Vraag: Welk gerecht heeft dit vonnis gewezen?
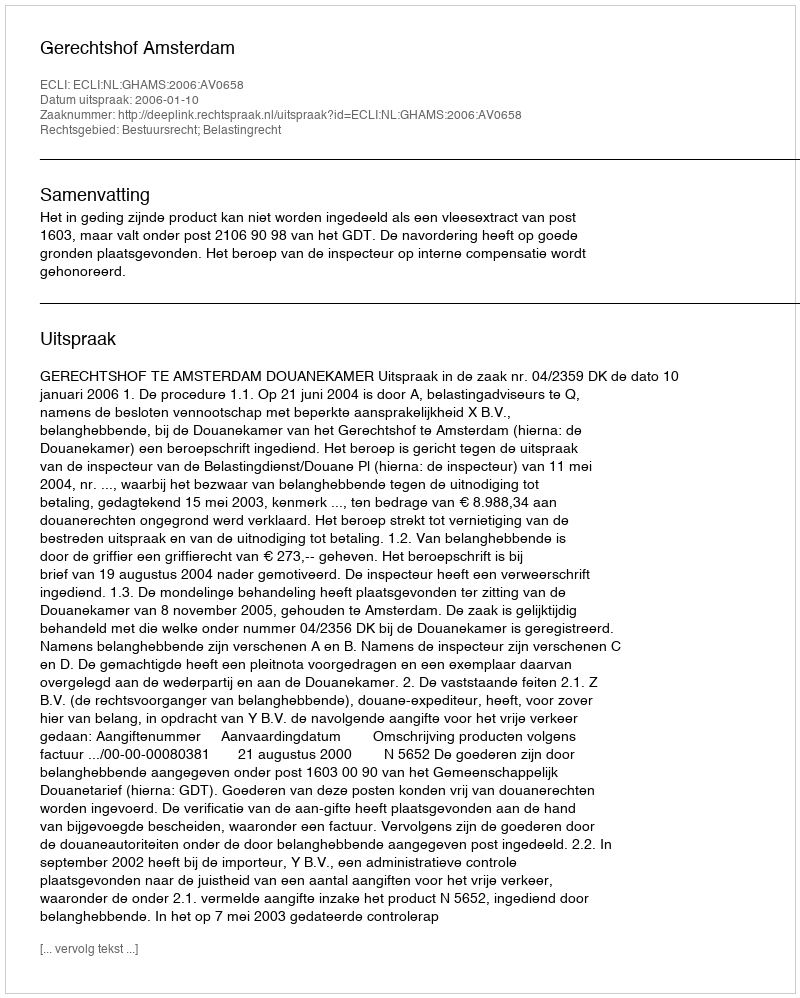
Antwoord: Gerechtshof Amsterdam